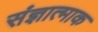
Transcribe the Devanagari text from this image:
संज्ञात्माक